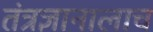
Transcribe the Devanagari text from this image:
तंत्रज्ञानालाच